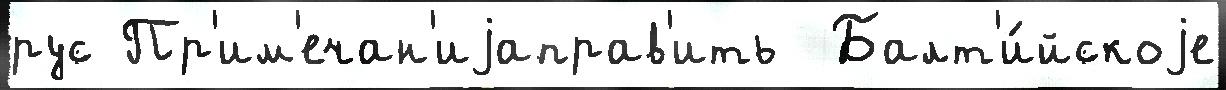
рус Пр'им'ечан'иjаправ'ить  Балт'и́йскоjе